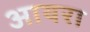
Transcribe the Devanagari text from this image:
आयरा